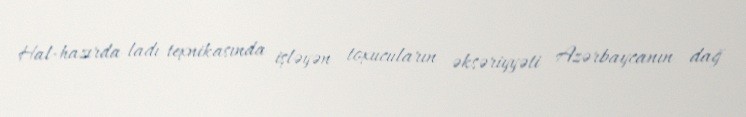
Hal-hazırda ladı texnikasında işləyən toxucuların əksəriyyəti Azərbaycanın dağ